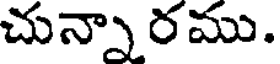
చున్నారము.